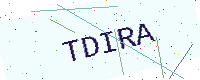
Text: TDIRA